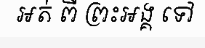
អត់ ពី ព្រះអង្គ ទៅ